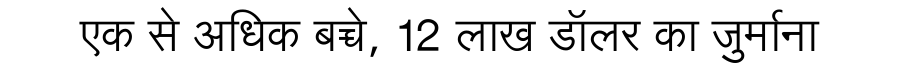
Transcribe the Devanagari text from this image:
एक से अधिक बच्चे, 12 लाख डॉलर का जुर्माना